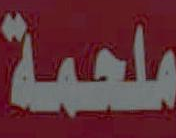
ملحمة